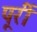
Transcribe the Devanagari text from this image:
पूरीं